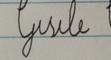
Signature authenticity: forged